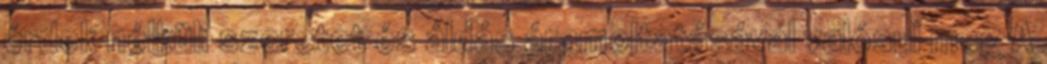
érdek nélküli szeretet és áldás áramoltatásával valósul meg A